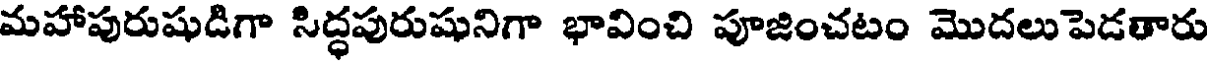
మహాపురుషుడిగా సిద్ధపురుషునిగా భావించి పూజించటం మొదలుపెడతారు